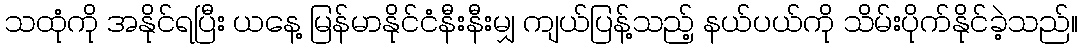
သထုံကို အနိုင်ရပြီး ယနေ့ မြန်မာနိုင်ငံနီးနီးမျှ ကျယ်ပြန့်သည့် နယ်ပယ်ကို သိမ်းပိုက်နိုင်ခဲ့သည်။